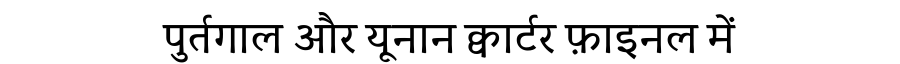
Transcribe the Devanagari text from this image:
पुर्तगाल और यूनान क्वार्टर फ़ाइनल में